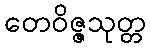
တေဝိဇ္ဇသုတ္တ